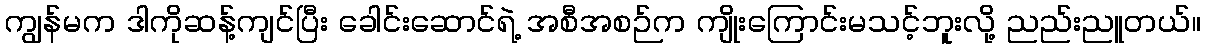
ကျွန်မက ဒါကိုဆန့်ကျင်ပြီး ခေါင်းဆောင်ရဲ့ အစီအစဉ်က ကျိုးကြောင်းမသင့်ဘူးလို့ ညည်းညူတယ်။